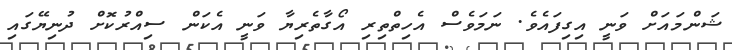
ޝަންމައަށް ވަނީ އިގިފައެވެ. ނަމަވެސް އެހިތްތިރި އޯގާތެރިޔާ ވަނީ އެކަން ސިއްރުކޮށް ދުނިޔޭގައި